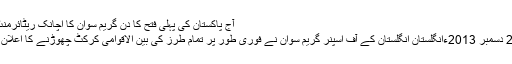
آج پاکستان کی پہلی فتح کا دن گریم سوان کا اچانک ریٹائرمنٹ کا اعلان
فہد کیہر22 دسمبر 2013ءانگلستان انگلستان کے آف اسپنر گریم سوان نے فوری طور پر تمام طرز کی بین الاقوامی کرکٹ چھوڑنے کا اعلان کردیا ہے۔